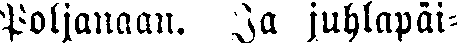
Poljanaan. Ja juhlapäi-